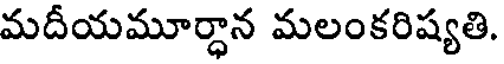
మదీయమూర్ధాన మలంకరిష్యతి.